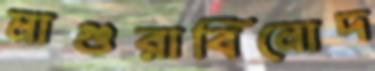
মাগুরাবিনোদ